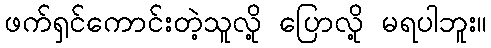
ဖက်ရှင်ကောင်းတဲ့သူလို့ ပြောလို့ မရပါဘူး။